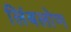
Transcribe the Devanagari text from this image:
लिंबलोण